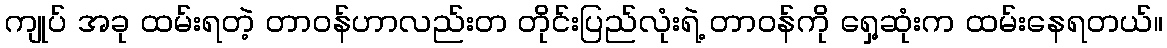
ကျုပ် အခု ထမ်းရတဲ့ တာဝန်ဟာလည်းတ တိုင်းပြည်လုံးရဲ့ တာဝန်ကို ရှေ့ဆုံးက ထမ်းနေရတယ်။